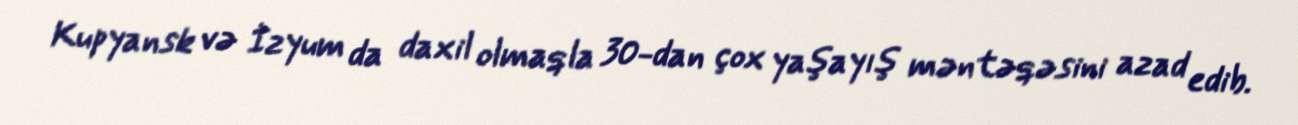
Kupyansk və İzyum da daxil olmaqla 30-dan çox yaşayış məntəqəsini azad edib.